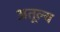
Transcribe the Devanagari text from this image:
अतूल्य